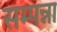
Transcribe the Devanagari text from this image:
सम्पन्ना